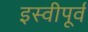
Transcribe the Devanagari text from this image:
इस्वीपूर्व